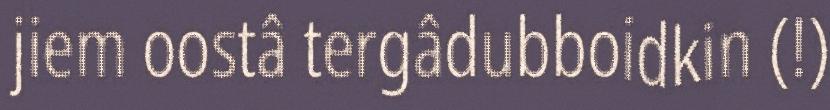
jiem oostâ tergâdubboidkin (!)